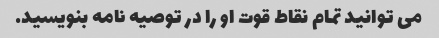
می توانید تمام نقاط قوت او را در توصیه نامه بنویسید.